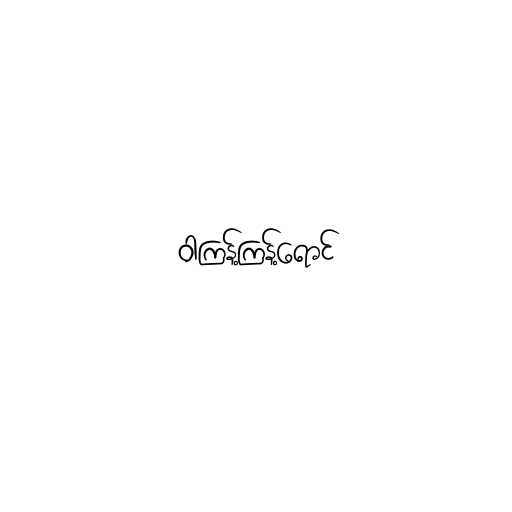
ဝါကြန့်ကြန့်ရောင်